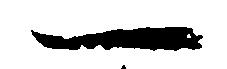
一